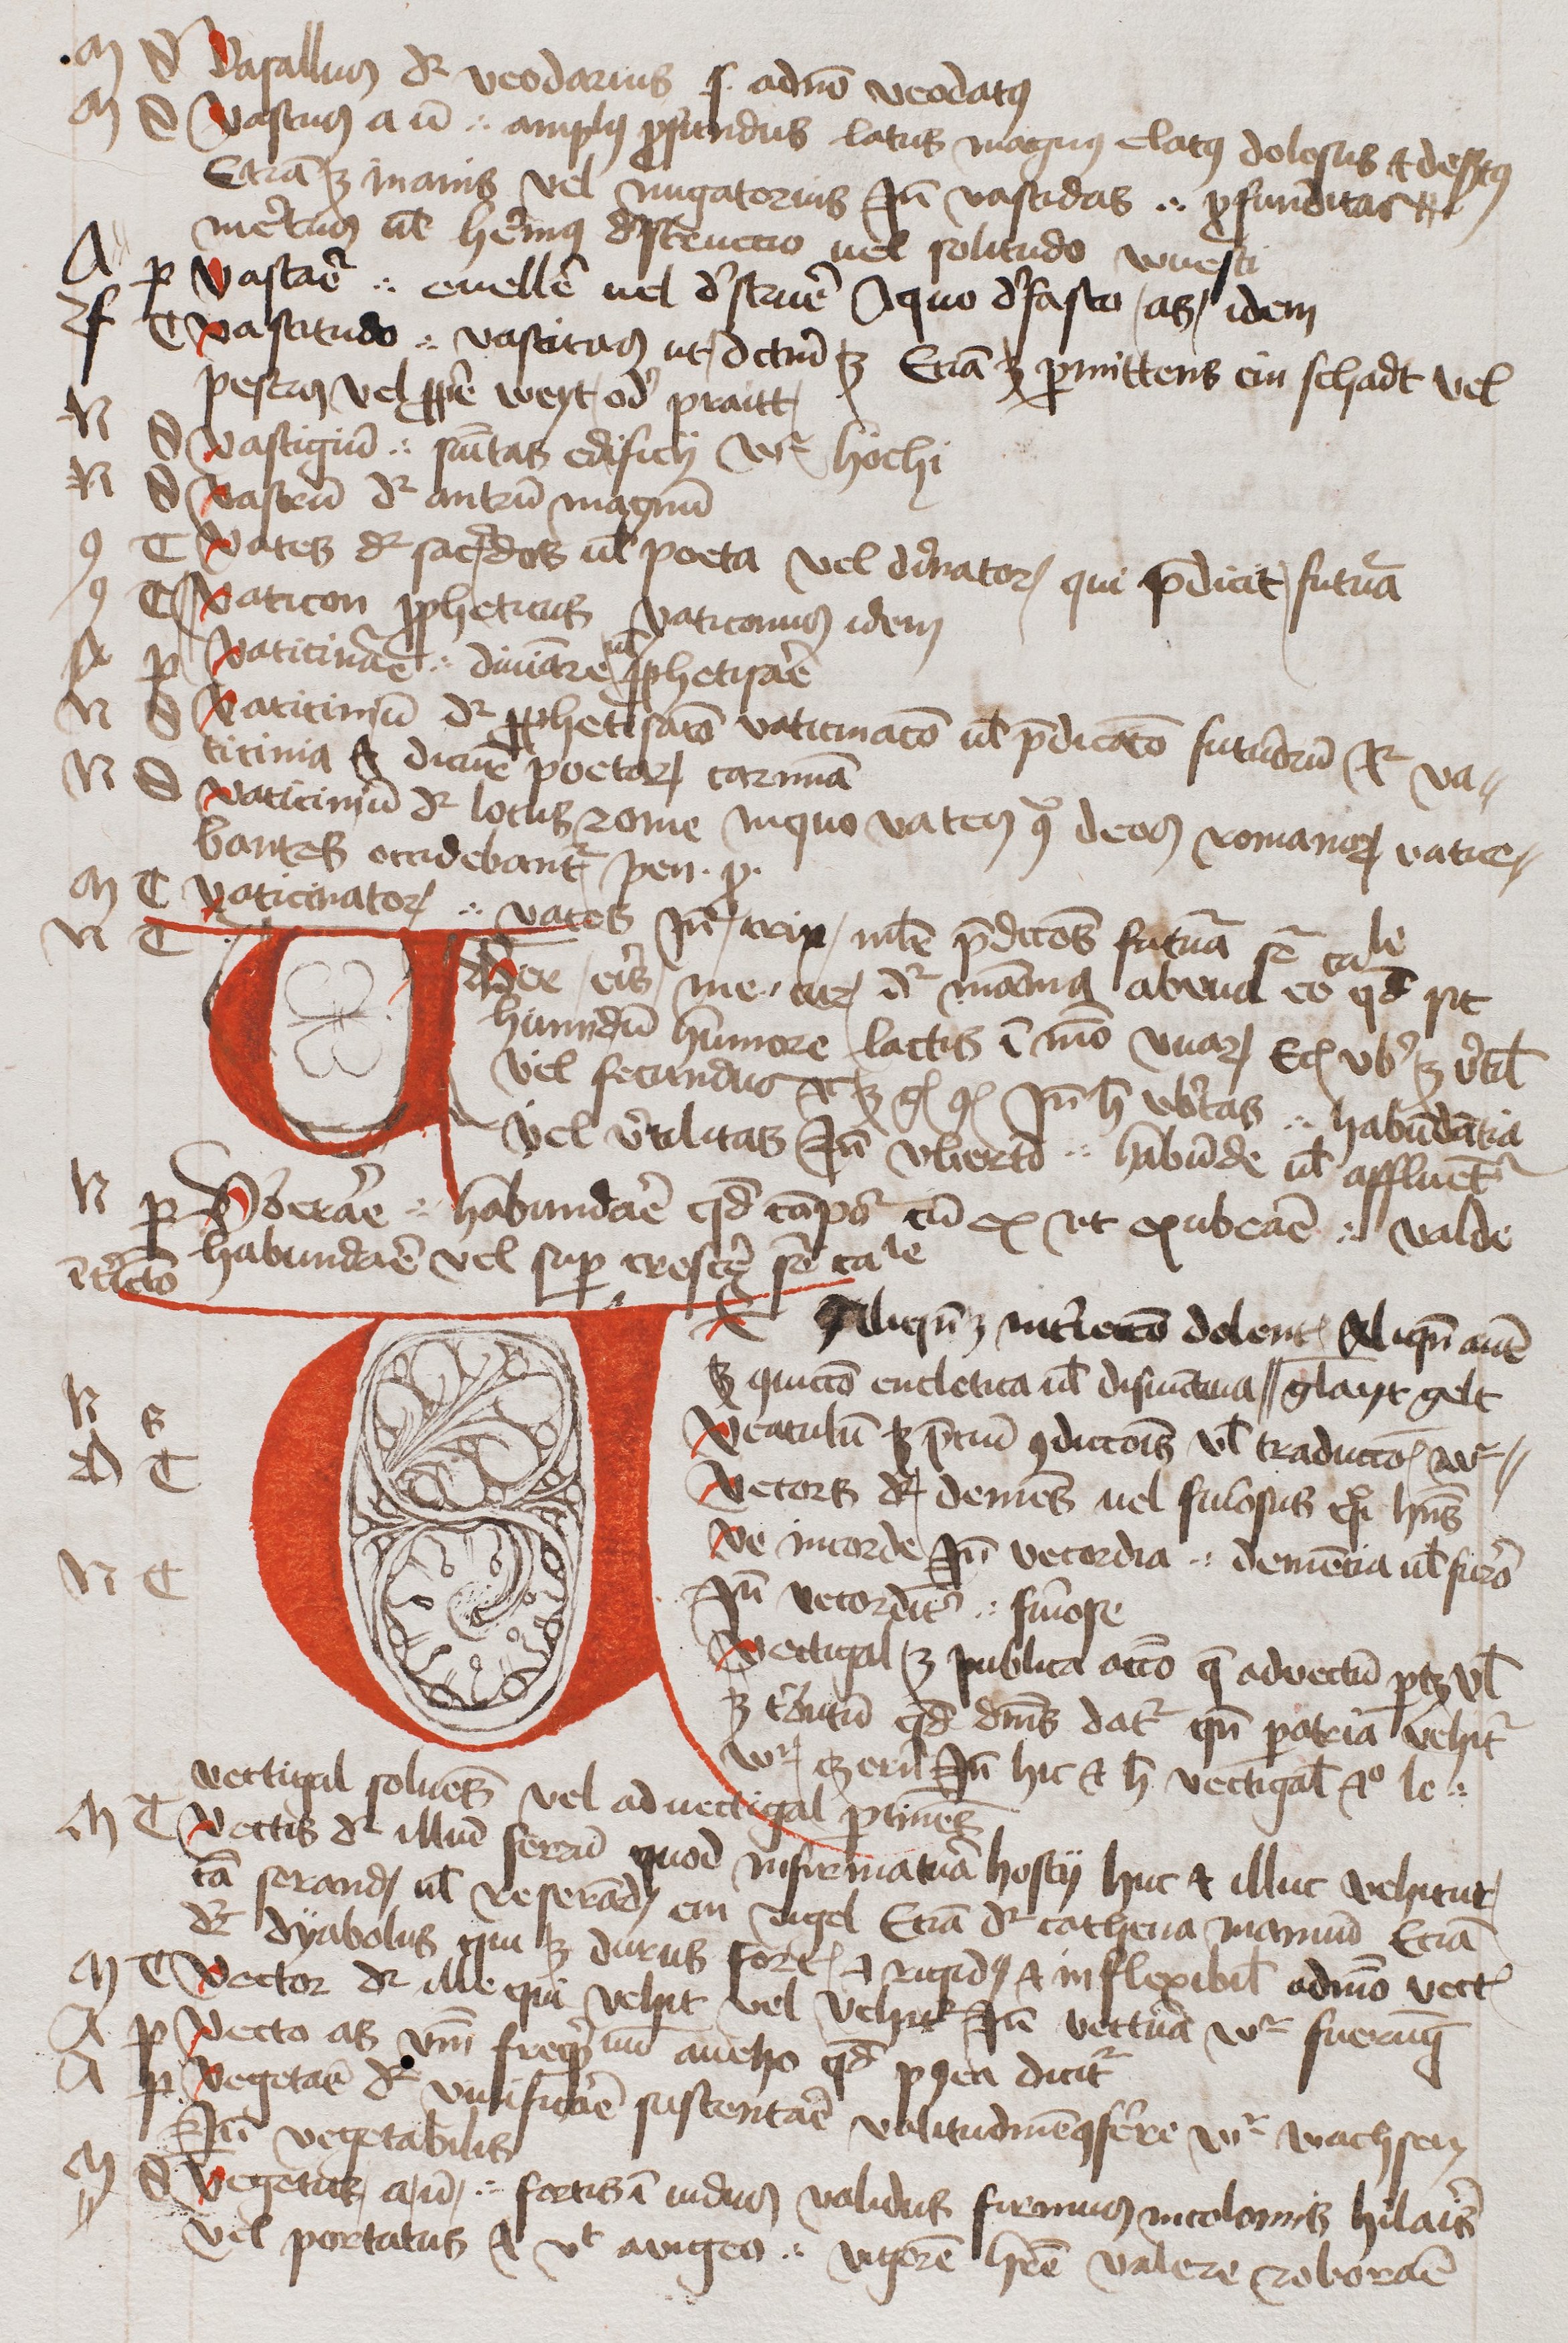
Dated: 1450–1474